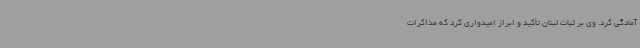
آمادگی کرد. وی بر ثبات لبنان تأکید و ابراز امیدواری کرد که مذاکرات